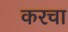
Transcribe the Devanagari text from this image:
करचा